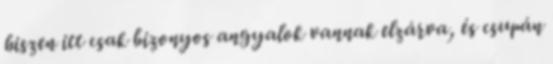
hiszen itt csak bizonyos angyalok vannak elzárva, és csupán